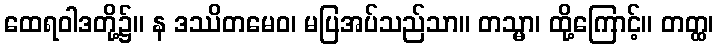
ထေရဝါဒတို့၌။ န ဒဿိတမေဝ၊ မပြအပ်သည်သာ။ တသ္မာ၊ ထို့ကြောင့်။ တတ္ထ၊